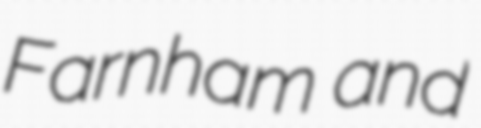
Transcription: Farnham and